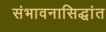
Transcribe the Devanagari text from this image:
संभावनासिद्धांत